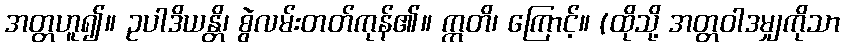
အတ္တဟူ၍။ ဥပါဒိယန္တိ၊ စွဲလမ်းတတ်ကုန်၏။ ဣတိ၊ ကြောင့်။ (ထိုသို့ အတ္တဝါဒမျှကိုသာ